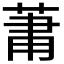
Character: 𮏒